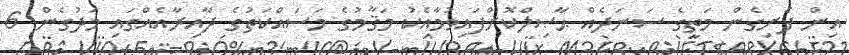
އިން ފެށިގެން މަތީގެ ސަނަދެއް ޙާޞިލްކޮށްފައިވުމާއެކު މަޤާމުގެ މަސައްކަތުގެ ދާއިރާއެއްގައި މަދުގެން 6